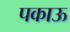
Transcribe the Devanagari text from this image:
पकाऊ